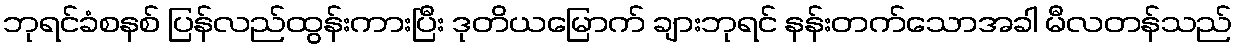
ဘုရင်ခံစနစ် ပြန်လည်ထွန်းကားပြီး ဒုတိယမြောက် ချားဘုရင် နန်းတက်သောအခါ မီလတန်သည်